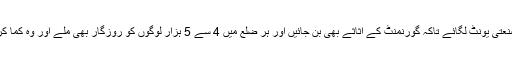
5 ارب روپے لاگت سے ایک ایک بڑا صنعتی یونٹ لگائے تاکہ گورنمنٹ کے اثاثے بھی بن جائیں اور ہر ضلع میں 4 سے 5 ہزار لوگوں کو روزگار بھی ملے اور وہ کما کر کھانے کے عادی ہوں ،نہ کہ مانگ کر۔